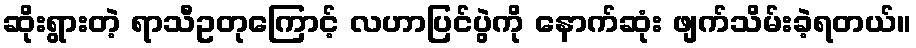
ဆိုးရွားတဲ့ ရာသီဥတုကြောင့် လဟာပြင်ပွဲကို နောက်ဆုံး ဖျက်သိမ်းခဲ့ရတယ်။